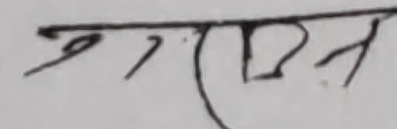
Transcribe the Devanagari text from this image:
मगना